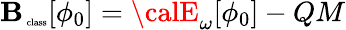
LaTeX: {\cal\mathbf{B}_{\mathrm{{\tiny~class}}}}[\phi_{0}]={\calE}_{\omega}[\phi_{0}]-QM